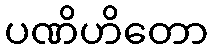
ပဏိဟိတော